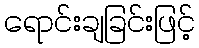
ရောင်းချခြင်းဖြင့်